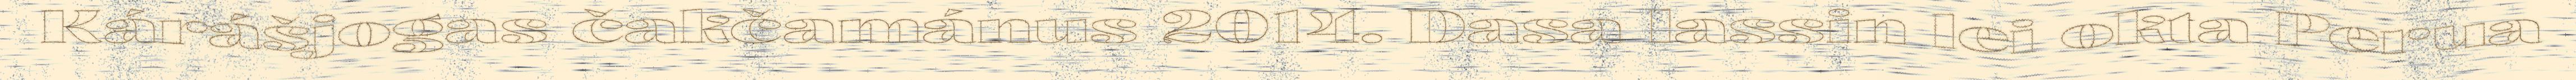
Kárášjogas čakčamánus 2014. Dasa lassin lei okta Perua